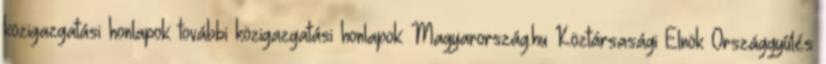
közigazgatási honlapok: további közigazgatási honlapok: Magyarország.hu Köztársasági Elnök Országgyűlés